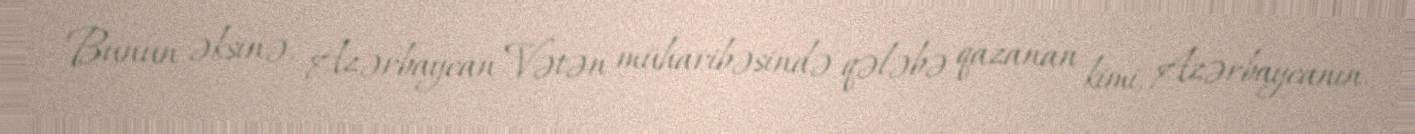
Bunun əksinə, Azərbaycan Vətən müharibəsində qələbə qazanan kimi, Azərbaycanın